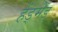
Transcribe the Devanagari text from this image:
हेंड्मेड